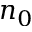
n _ { 0 }